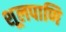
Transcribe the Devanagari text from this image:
शूलपाणि